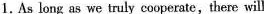
1.As long as we truly cooperate,there will